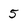
Character: 5